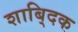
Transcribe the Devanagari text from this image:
शाबि्दक